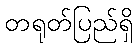
တရုတ်ပြည်ရှိ